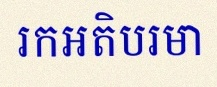
រកអតិបរមា